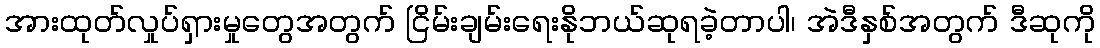
အားထုတ်လှုပ်ရှားမှုတွေအတွက် ငြိမ်းချမ်းရေးနိုဘယ်ဆုရခဲ့တာပါ၊ အဲဒီနှစ်အတွက် ဒီဆုကို